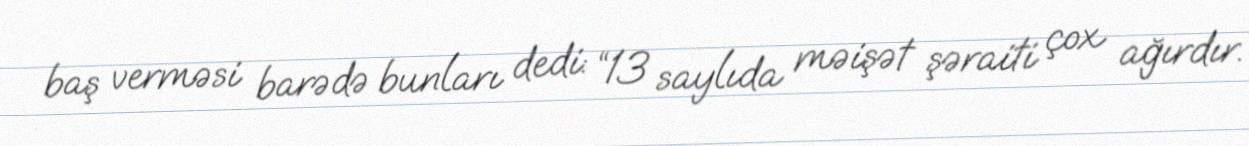
baş verməsi barədə bunları dedi: “13 saylıda məişət şəraiti çox ağırdır.